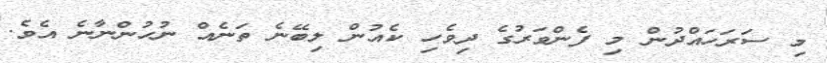
މި ސަރަހައްދުން މި ފެންވަރުގެ ދިވެހި ކެއުން ލިބޭނެ ތަނެއް ނުހުންނާނެ އެވެ.